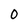
Character: 0